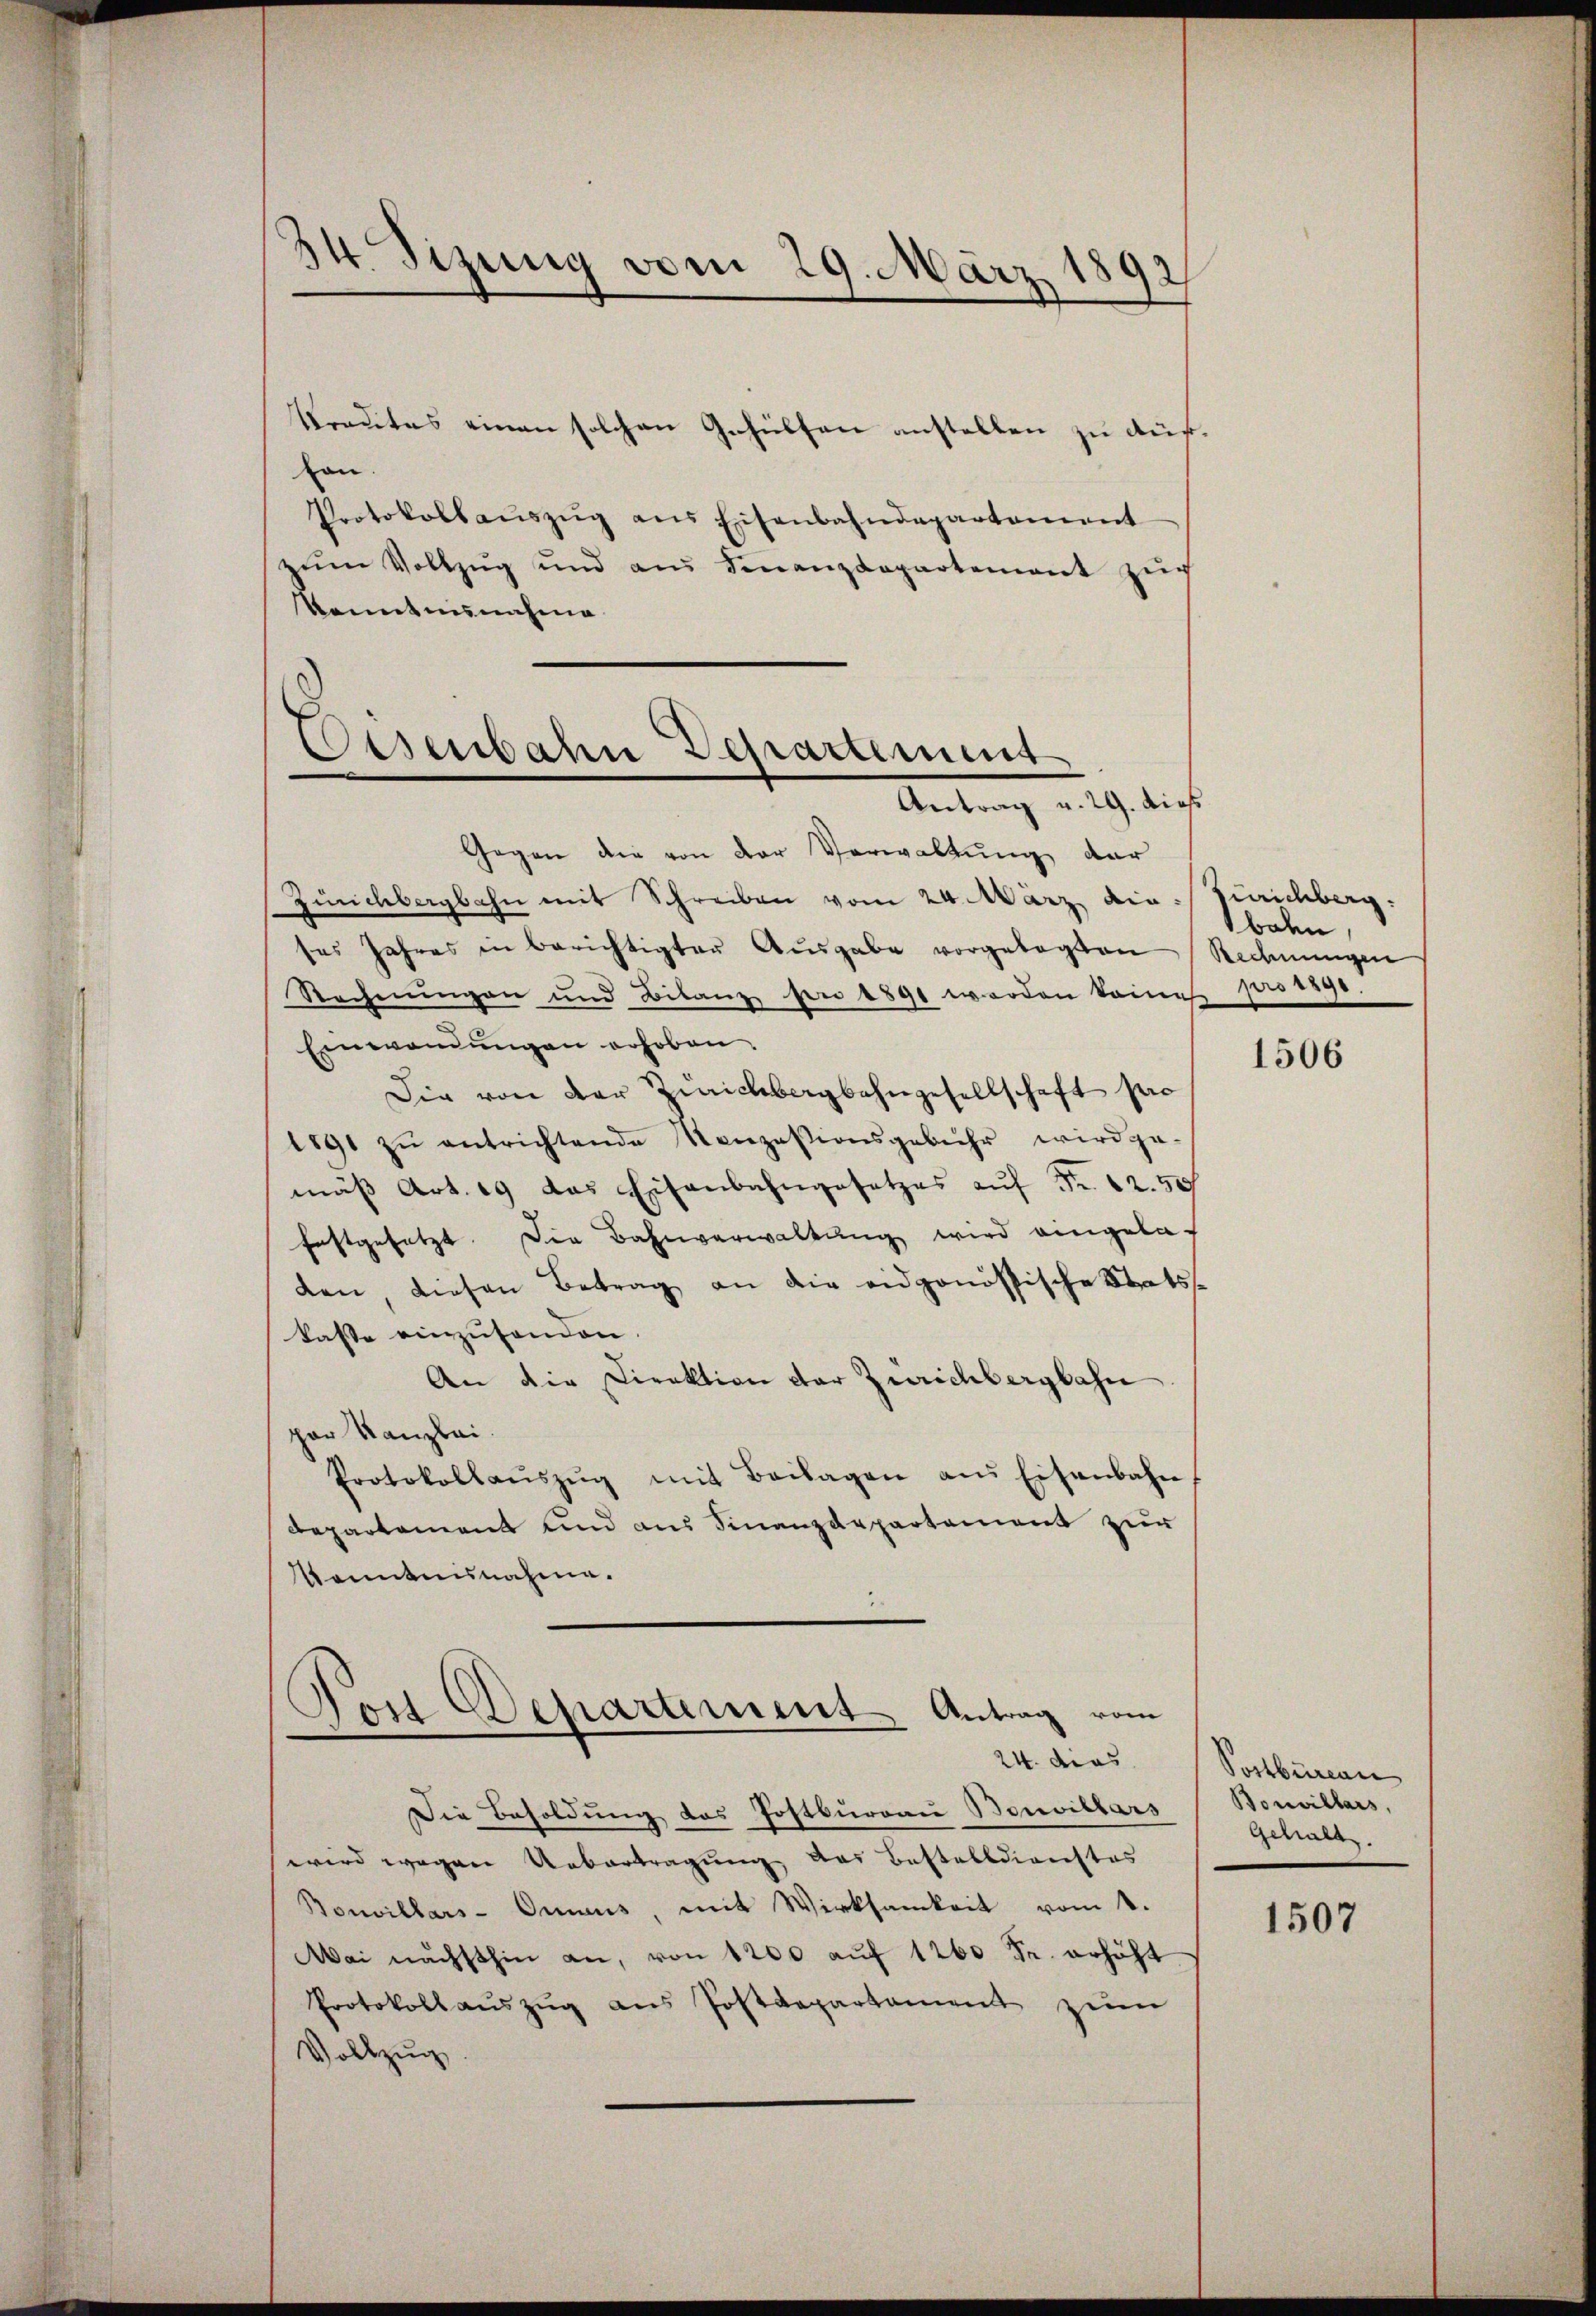
44 Sizung vom 29. März 1892
d

Brautes einen solchen Gehülfen anstellen zu auf
von
Protokollaŭszŭg ans Eisenbahndepartement
zŭm Vollzŭg und am Finanzdepartement zŭr
kenntnunahme
Gegen die von der Verwaltung der
Zürichbergbahn mit Schreiben vom 24. März die
ses Jahres in berichtigter Ausgabe vorgelegten
Rechnungen und Bilanz per 1891 werden keine
Einwendungen erhoben.
Die von der Zeichbergbahngesellschaft pro
1891 zŭ entrichtende Konzesionsgebühr wird ge-
mäβ Art. 19 das Eisenbahngesetzes auf Fr. 12.50
festgesetzt. Die Bahnverwaltung wird eingeladen diesen Betrag an die eidgenössische Stats-
kasse einzusenden.
An die Direktion der Zürichbergbahn
par Kanzlei.
Protokollaŭszŭg mit Beilagen ans Eisenbahn,
Departement und aus Finanzdepartement zur
Kenntnisnahme.
Post Departement Antrag vom
24. dies
Die Besoldung des Postburgau Bouvillars
wird wegen Uebertragung des Bestelldienstes
Bouvillars-Oraus mit Wirksamkeit vom 1.
Mai nächsthin an, von 1200 auf 1260 Sr. erhöht
Protokoll aŭszŭg ans Postdepartament zŭm
Vollzug

Osenbahn Departement
Antrag v. 29. dies

Zürichberg.
bolen.
Rechnungen
pro 1890.

1506

Postbureau
Bouvillars,
Gehalt

1507